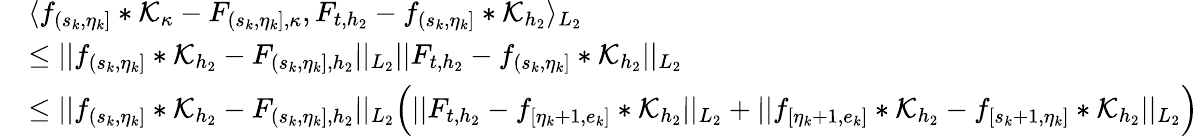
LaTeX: \begin{array}{rl}&{\langle f_{(s_{k},\eta_{k}]}\ast\mathcal{K}_{\kappa}-F_{(s_{k},\eta_{k}],\kappa},F_{t,{h_{2}}}-f_{(s_{k},\eta_{k}]}\ast\mathcal{K}_{{h_{2}}}\rangle_{L_{2}}}\\ &{\le\vert\vert f_{(s_{k},\eta_{k}]}\ast\mathcal{K}_{{h_{2}}}-F_{(s_{k},\eta_{k}],{h_{2}}}\vert\vert_{L_{2}}\vert\vert F_{t,{h_{2}}}-f_{(s_{k},\eta_{k}]}\ast\mathcal{K}_{{h_{2}}}\vert\vert_{L_{2}}}\\ &{\le\vert\vert f_{(s_{k},\eta_{k}]}\ast\mathcal{K}_{{h_{2}}}-F_{(s_{k},\eta_{k}],{h_{2}}}\vert\vert_{L_{2}}\Big(\vert\vert F_{t,{h_{2}}}-f_{[\eta_{k}+1,e_{k}]}\ast\mathcal{K}_{{h_{2}}}\vert\vert_{L_{2}}+\vert\vert f_{[\eta_{k}+1,e_{k}]}\ast\mathcal{K}_{{h_{2}}}-f_{[s_{k}+1,\eta_{k}]}\ast\mathcal{K}_{{h_{2}}}\vert\vert_{L_{2}}\Big)}\end{array}